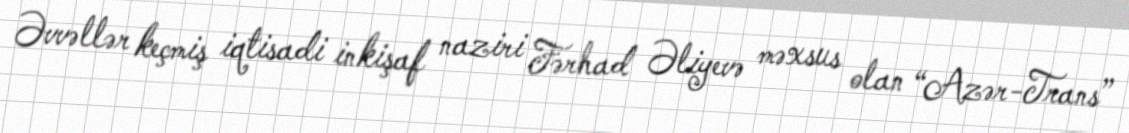
Əvvəllər keçmiş iqtisadi inkişaf naziri Fərhad Əliyevə məxsus olan “Azər-Trans”